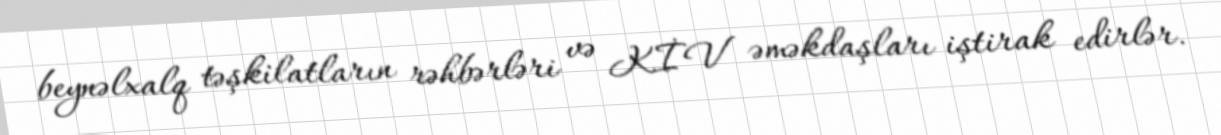
beynəlxalq təşkilatların rəhbərləri və KİV əməkdaşları iştirak edirlər.